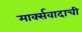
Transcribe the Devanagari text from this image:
मार्क्सवादाची